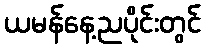
ယမန်နေ့ညပိုင်းတွင်